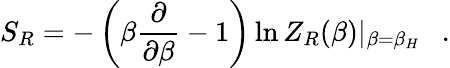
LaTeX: S_{R}=-\left(\beta{\frac{\partial}{\partial\beta}}-1\right)\ln Z_{R}(\beta)|_{\beta=\beta_{H}}~~~.